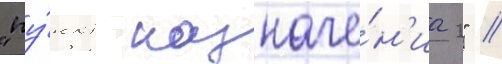
"пу́нкт назначе́н'иа 2" //